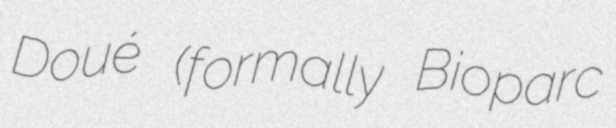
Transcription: Doué (formally Bioparc